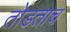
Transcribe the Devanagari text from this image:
तोडताच